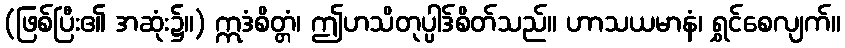
(ဖြစ်ပြီး၏ အဆုံး၌။) ဣဒံစိတ္တံ၊ ဤဟသိတုပ္ပါဒ်စိတ်သည်။ ဟာသယမာနံ၊ ရွှင်စေလျက်။